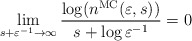
\begin{align*}\lim_{s+\varepsilon^{-1}\to\infty}\frac{\log( n^{\mathrm{MC}}(\varepsilon,s))}{s+\log\varepsilon^{-1}}=0\end{align*}